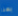
بهذا